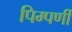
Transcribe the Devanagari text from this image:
पिम्पर्णी